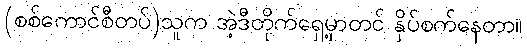
(စစ်ကောင်စီတပ်)သူက အဲ့ဒီတိုက်ရှေ့မှာတင် နှိပ်စက်နေတာ။